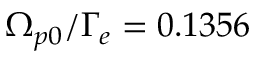
\Omega _ { p 0 } / \Gamma _ { e } = 0 . 1 3 5 6